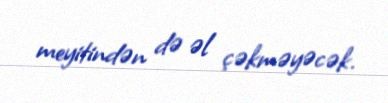
meyitindən də əl çəkməyəcək.